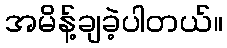
အမိန့်ချခဲ့ပါတယ်။